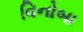
વિનોબા